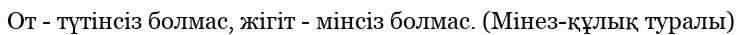
От - түтінсіз болмас, жігіт - мінсіз болмас. (Мінез-құлық туралы)